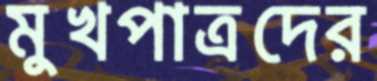
মুখপাত্রদের